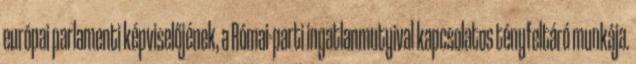
európai parlamenti képviselőjének, a Római-parti ingatlanmutyival kapcsolatos tényfeltáró munkája.